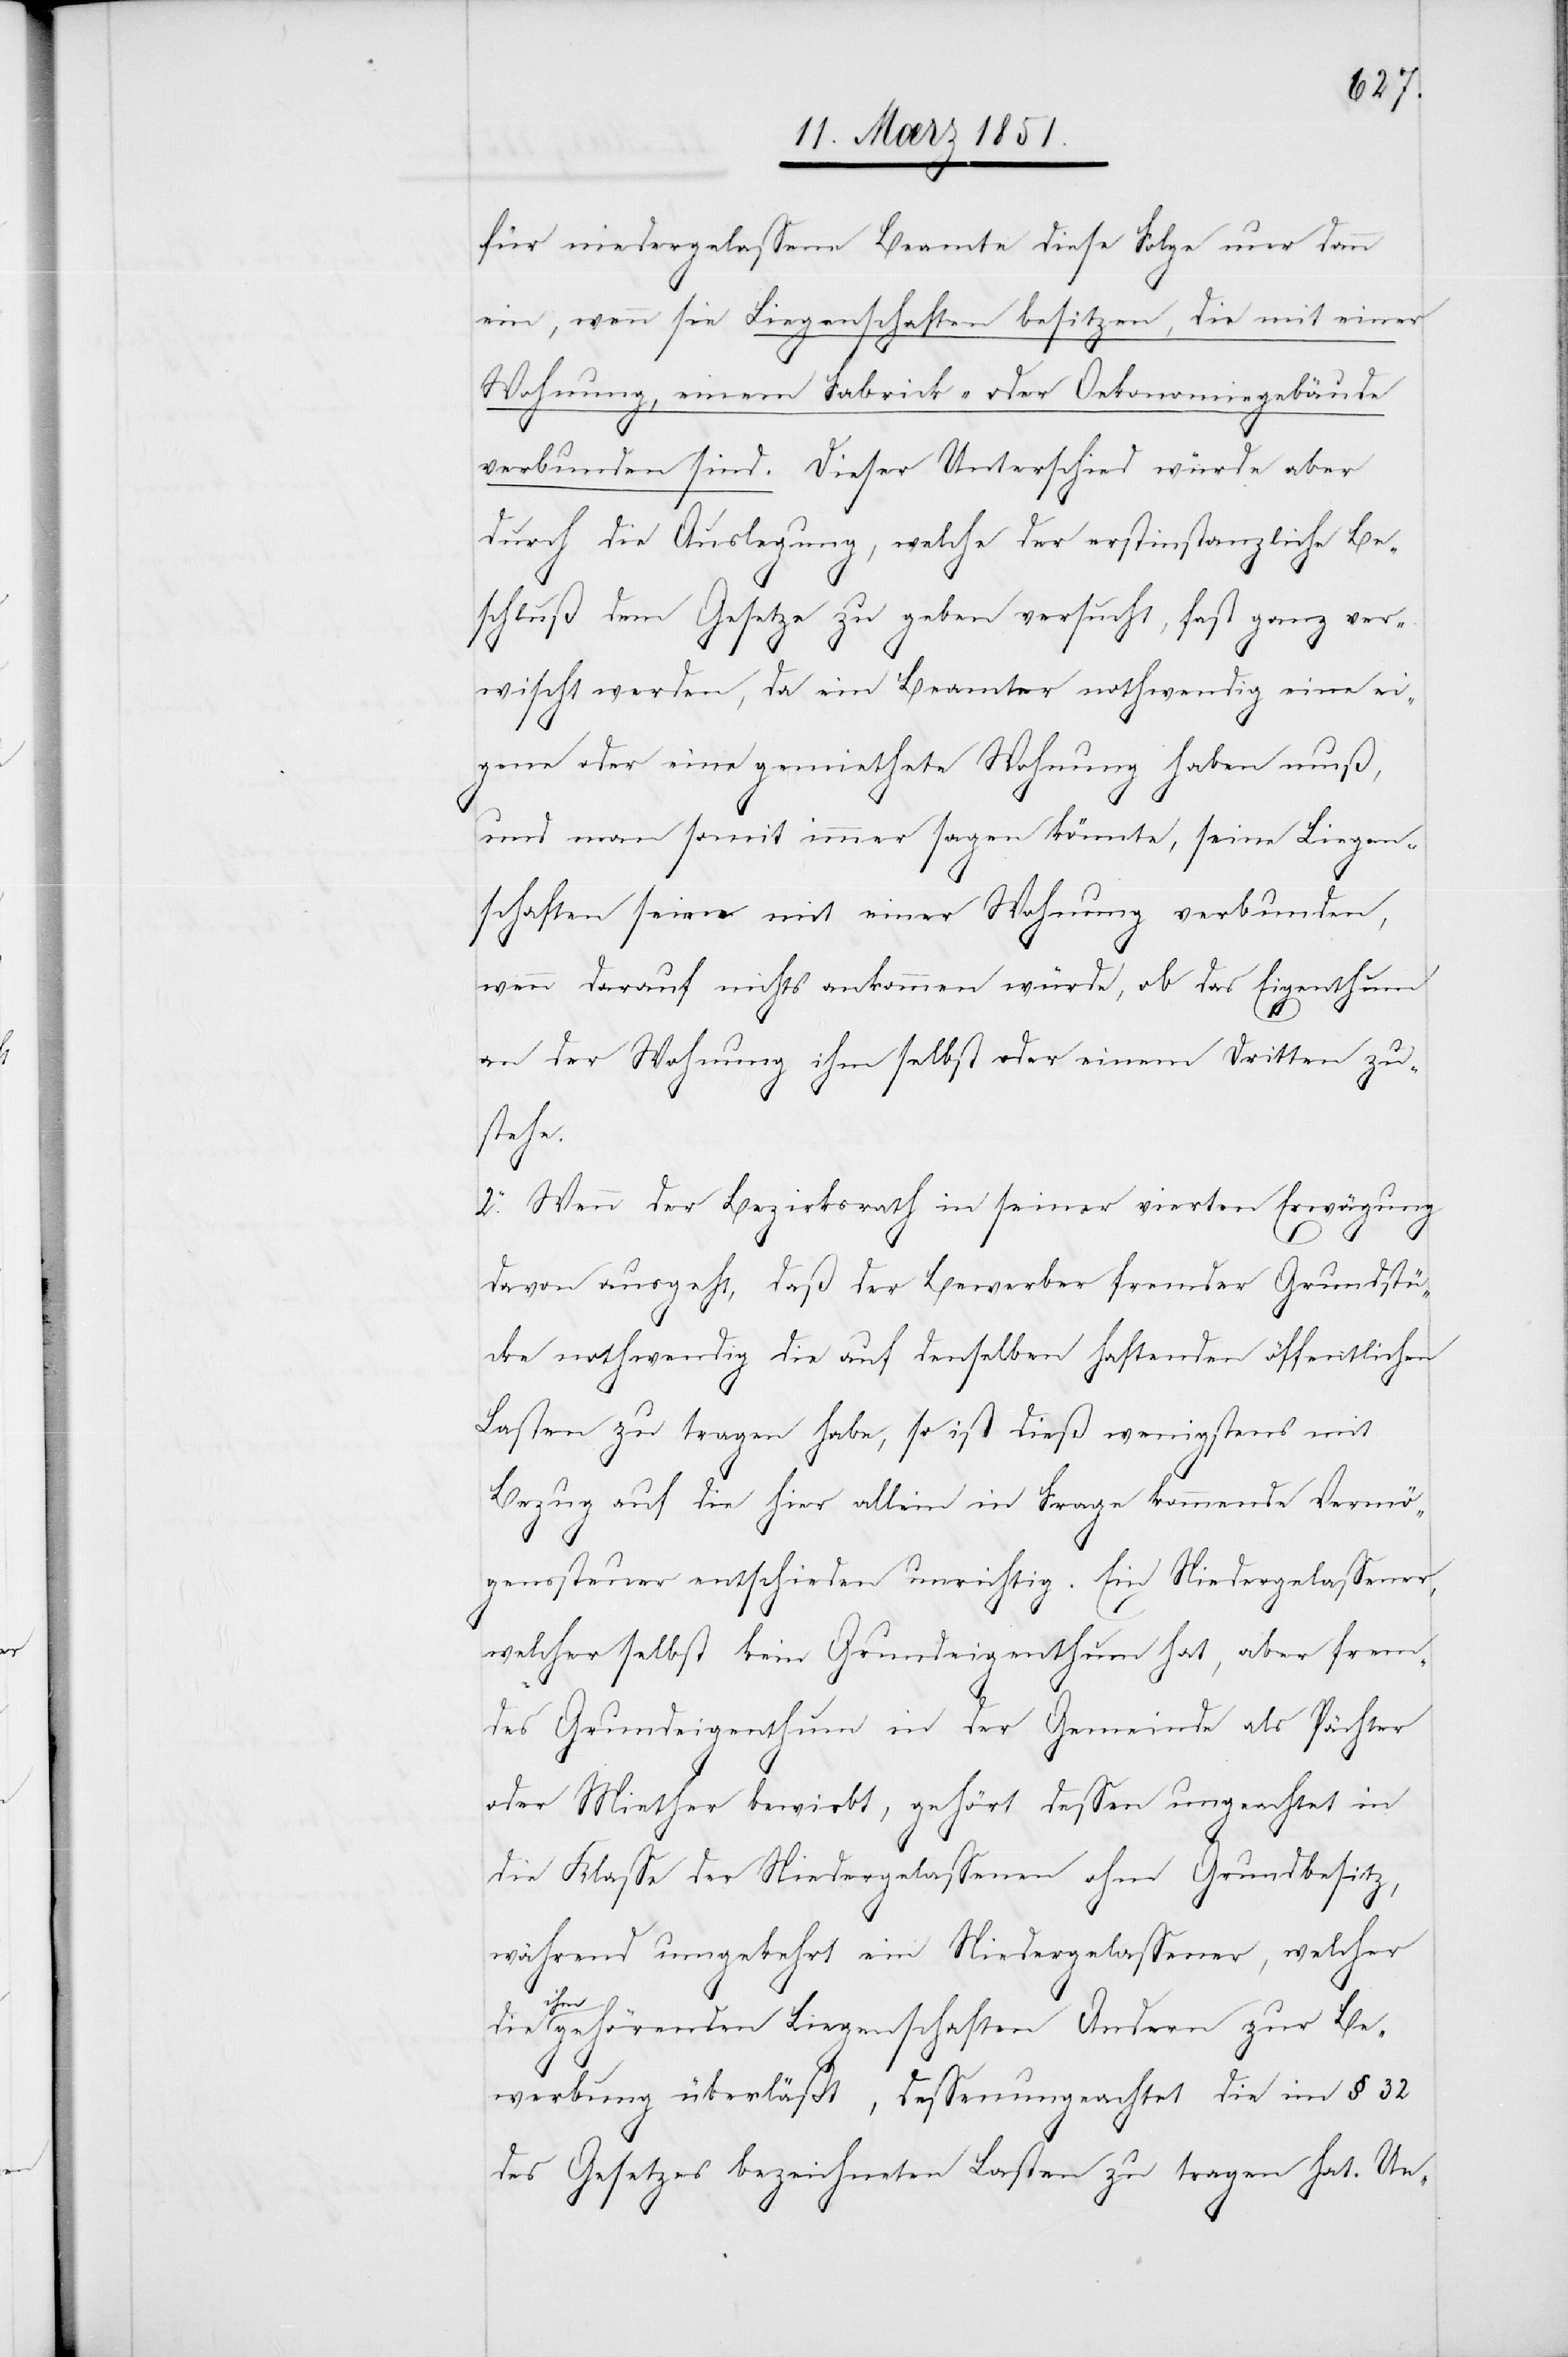
für niedergelassene Beamte diese Folge nur dann
ein, wenn sie Liegenschaften besitzen, die mit einer
Wohnung, einem Fabrick- oder Oekonomiegebäude
verbunden sind. Dieser Unterschied würde aber
durch die Auslegung, welche der erstinstanzliche Be¬
schluß dem Gesetze zu geben versucht, fast ganz ver¬
wischt werden, da ein Beamter nothwendig eine ei¬
gene oder eine gemiethete Wohnung haben muß,
und man somit immer sagen könnte, seine Liegen¬
schaften seien mit einer Wohnung verbunden,
wenn darauf nichts ankommen würde, ob das Eigenthum
an der Wohnung ihm selbst oder einem Dritten zu¬
stehe.
2. Wenn der Bezirksrath in seiner vierten Erwägung
davon ausgeht, daß der Bewerber fremder Grundstü¬
cke nothwendig die auf denselben haftenden öffentlichen
Lasten zu tragen habe, so ist dieß wenigstens mit
Bezug auf die hier allein in Frage kommende Vermö¬
genssteuer entschieden unrichtig. Ein Niedergelassener,
welcher selbst kein Grundeigenthum hat, aber frem¬
des Grundeigenthum in der Gemeinde als Pächter
oder Miether bewirbt, gehört dessen ungeachtet in
die Klasse der Niedergelassenen ohne Grundbesitz,
während umgekehrt ein Niedergelassener, welcher
die
ihm gehörenden Liegenschaften Andern zur Be¬
werbung überläßt, dessenungeachtet die im § 32
des Gesetzes bezeichneten Lasten zu tragen hat. Ue-